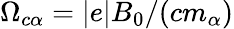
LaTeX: \Omega_{c\alpha}=|e|B_{0}/(cm_{\alpha})